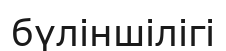
бүліншілігі